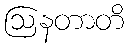
ဩနတာတိ